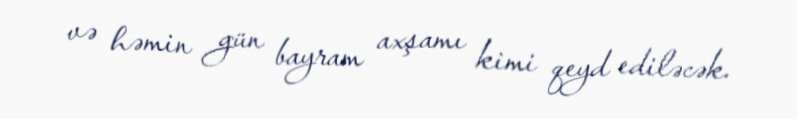
və həmin gün bayram axşamı kimi qeyd ediləcək.